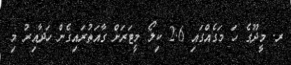
ރ. މީދޫގެ ހަ މަގެއްގައި 2.6 ކިލޯ މީޓަރަށް ގާއަތުރައިގެން ހަދާއިރު މި